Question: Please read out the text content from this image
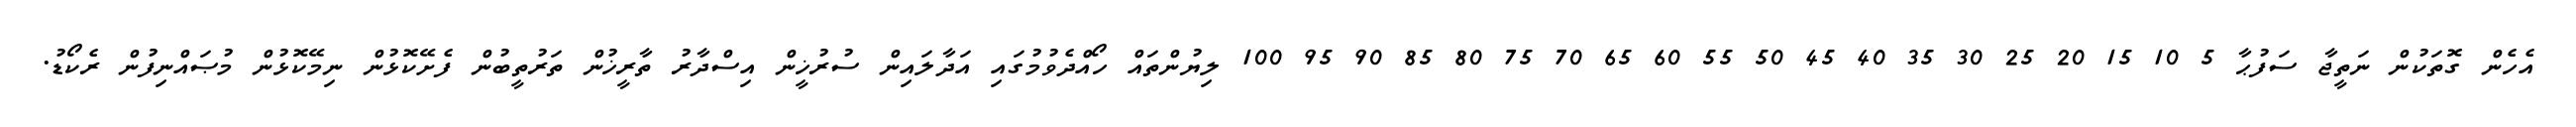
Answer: އެހެން ގޮތަކުން ނަތީޖާ ސަފުޙާ 5 10 15 20 25 30 35 40 45 50 55 60 65 70 75 80 85 90 95 100 ލިޔުންތައް ހޯއްދެވުމުގައި އަދާލައިން ސުރުޚީން އިސްދާރު ތާރީޚުން ތަރުތީބުން ފެށޭކޮޅުން ނިމޭކޮޅުން މުޞައްނިފުން ރެކޯޑު.